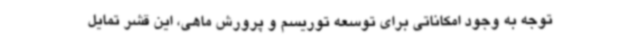
توجه به وجود امکاناتی برای توسعه توریسم و پرورش ماهی، این قشر تمایل